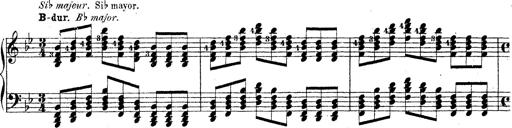
Title: Technische Studien
Composer: Franz Liszt